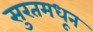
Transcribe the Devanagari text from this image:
सुरतमधून